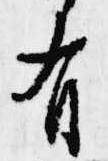
有